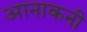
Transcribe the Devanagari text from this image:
आनाकनी